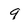
Character: 9